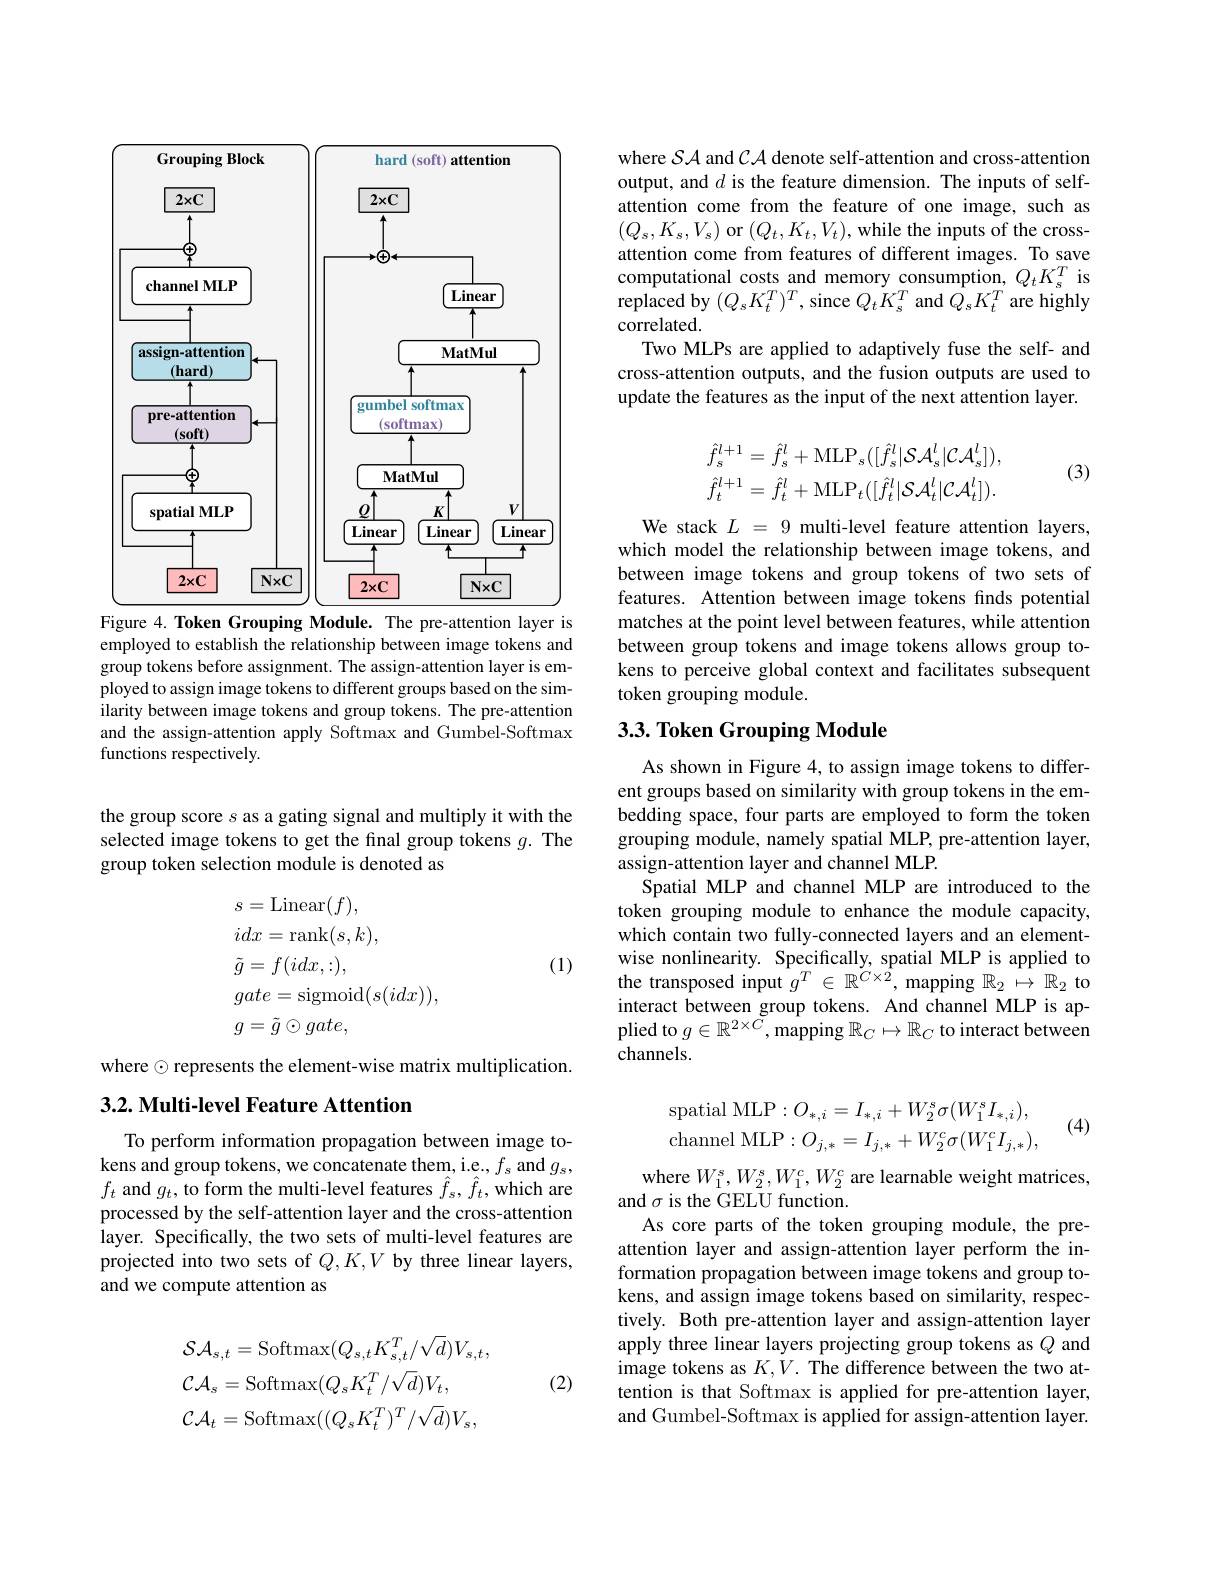
<FigureHere>
Figure 4. Token Grouping Module. The pre-attention layer is

employed to establish the relationship between image tokens and group tokens before assignment. The assign-attention layer is employed to assign image tokens to different groups based on the similarity between image tokens and group tokens. The pre-attention and the assign-attention apply Softmax and Gumbel-Softmax functions respectively.

the group score s as a gating signal and multiply it with the selected image tokens to get the final group tokens $g.$ The group token selection module is denoted as
$$\begin{aligned}&s=\mathrm{Linear}(f),\\&idx=\mathrm{rank}(s,k),\\&\tilde{g}=f(idx,:),\\&gate=\mathrm{sigmoid}(s(idx)),\\&g=\tilde{g}\odot gate,\end{aligned}$$
(1)

where $\odot$ represents the element-wise matrix multiplication.
3.2. Multi-level Feature Attention

To perform information propagation between image tokens and group tokens, we concatenate them, i.e., $f_s$ and $g_s$, $f_{t}$ and $g_{t}$,to form the multi-level features $\hat{f}_{s},\hat{f}_{t}$,which are processed by the self-attention layer and the cross-attention layer. Specifically, the two sets of multi-level features are projected into two sets of $Q,K,V$ by three linear layers, and we compute attention as

(2)
$$\begin{aligned}&\mathcal{SA}_{s,t}=\mathrm{Softmax}(Q_{s,t}K_{s,t}^{T}/\sqrt{d})V_{s,t},\\&\mathcal{CA}_{s}=\mathrm{Softmax}(Q_{s}K_{t}^{T}/\sqrt{d})V_{t},\\&\mathcal{CA}_{t}=\mathrm{Softmax}((Q_{s}K_{t}^{T})^{T}/\sqrt{d})V_{s},\end{aligned}$$
where $\mathcal{SA}$ and $\mathcal{CA}$ denote self-attention and cross-attention output, and $d$ is the feature dimension. The inputs of selfattention come from the feature of one image, such as $(Q_s,K_s,V_s)$ or $(Q_t,K_t,V_t)$,while the inputs of the crossattention come from features of different images. To save computational costs and memory consumption, $Q_{t}K_{s}^{T}$ is $\hat{\text{replaced by }}(Q_{s}K_{t}^{T})^{T}$,since $Q_{t}\dot{K}_{s}^{T}$ and $\hat{Q}_{s}K_{t}^{T}$ are highly $\hat{\text{correlated.}}$
Two MLPs are applied to adaptively fuse the self- and cross-attention outputs, and the fusion outputs are used to update the features as the input of the next attention layer.

(3)
$$\hat{f}_{s}^{l+1}=\hat{f}_{s}^{l}+\mathrm{MLP}_{s}([\hat{f}_{s}^{l}|\mathcal{SA}_{s}^{l}|\mathcal{CA}_{s}^{l}]),\\\hat{f}_{t}^{l+1}=\hat{f}_{t}^{l}+\mathrm{MLP}_{t}([\hat{f}_{t}^{l}|\mathcal{SA}_{t}^{l}|\mathcal{CA}_{t}^{l}]).$$
We stack $L$ = 9 multi-level feature attention layers, which model the relationship between image tokens, and between image tokens and group tokens of two sets of features. Attention between image tokens finds potential matches at the point level between features, while attention between group tokens and image tokens allows group tokens to perceive global context and facilitates subsequent token grouping module.

# 3.3. Token Grouping Module

As shown in Figure 4, to assign image tokens to different groups based on similarity with group tokens in the embedding space, four parts are employed to form the token grouping module, namely spatial MLP, pre-attention layer, assign-attention layer and channel MLP.
Spatial MLP and channel MLP are introduced to the token grouping module to enhance the module capacity, which contain two fully-connected layers and an elementwise nonlinearity. Specifically, spatial MLP is applied to the transposed input $g^T\in\mathbb{R}^{C\times2}$, mapping $\mathbb{R}_2\mapsto\mathbb{R}_2$ to interact between group tokens. And channel MLP is applied to $g\in\mathbb{R}^{2\times C}$, mapping $\mathbb{R}_C\mapsto\mathbb{R}_C$ to interact between channels.
$$\mathrm{spatial~MLP}:O_{*,i}=I_{*,i}+W_{2}^{s}\sigma(W_{1}^{s}I_{*,i}),\\\mathrm{channel~MLP}:O_{j,*}=I_{j,*}+W_{2}^{c}\sigma(W_{1}^{c}I_{j,*}),$$
(4)

where $W_1^s,W_2^s,W_1^c,W_2^c$ are learnable weight matrices,
and $\sigma$ is the GELU function.
As core parts of the token grouping module, the preattention layer and assign-attention layer perform the information propagation between image tokens and group tokens, and assign image tokens based on similarity, respectively. Both pre-attention layer and assign-attention layer apply three linear layers projecting group tokens as $Q$ and image tokens as $K,V.$ The difference between the two attention is that Softmax is applied for pre-attention layer, and Gumbel-Softmax is applied for assign-attention layer.